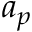
a _ { p }